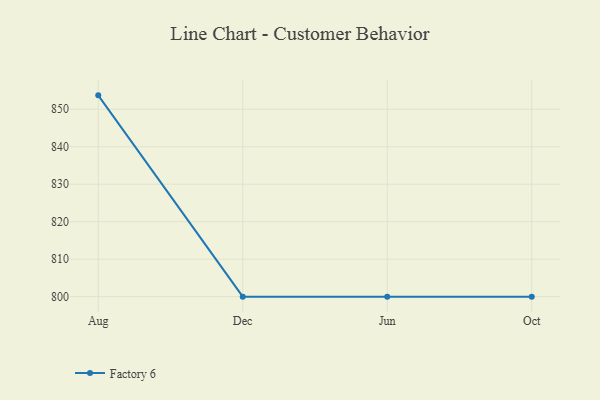
{"axis": {"x": "Month", "y": "Churn Rate (%)"}, "legend": ["Factory 6"], "data": [{"x": "Aug", "y": 853.7, "type": "Factory 6"}, {"x": "Dec", "y": 800, "type": "Factory 6"}, {"x": "Jun", "y": 800, "type": "Factory 6"}, {"x": "Oct", "y": 800, "type": "Factory 6"}]}